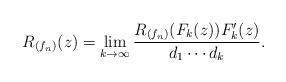
LaTeX: \begin{align*}R_{(f_n)}(z) = \lim_{k\rightarrow\infty} \frac{R_{(f_n)}(F_k(z)) F_k^\prime (z)}{d_1\cdots d_k}.\end{align*}